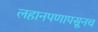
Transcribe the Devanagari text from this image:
लहानपणापसूनच